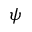
\psi